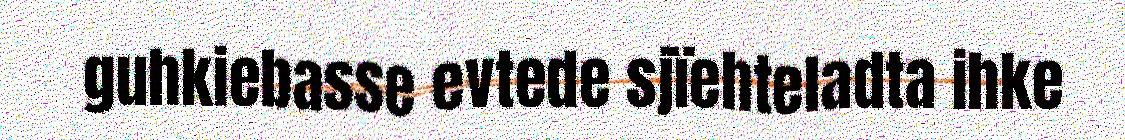
guhkiebasse evtede sjïehteladta ihke